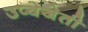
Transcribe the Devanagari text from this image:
उप्वेजेती